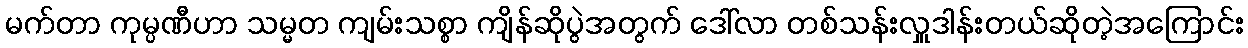
မက်တာ ကုမ္ပဏီဟာ သမ္မတ ကျမ်းသစ္စာ ကျိန်ဆိုပွဲအတွက် ဒေါ်လာ တစ်သန်းလှူဒါန်းတယ်ဆိုတဲ့အကြောင်း